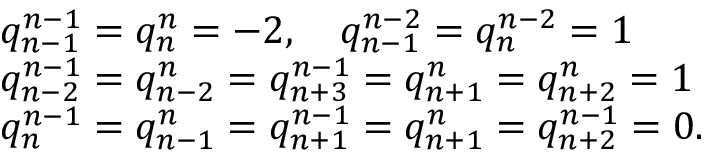
\begin{array} { l c r } { { q _ { n - 1 } ^ { n - 1 } = q _ { n } ^ { n } = - 2 , \quad q _ { n - 1 } ^ { n - 2 } = q _ { n } ^ { n - 2 } = 1 } } \\ { { q _ { n - 2 } ^ { n - 1 } = q _ { n - 2 } ^ { n } = q _ { n + 3 } ^ { n - 1 } = q _ { n + 1 } ^ { n } = q _ { n + 2 } ^ { n } = 1 } } \\ { { q _ { n } ^ { n - 1 } = q _ { n - 1 } ^ { n } = q _ { n + 1 } ^ { n - 1 } = q _ { n + 1 } ^ { n } = q _ { n + 2 } ^ { n - 1 } = 0 . } } \end{array}